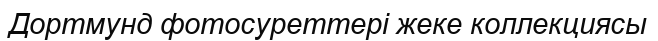
Дортмунд фотосуреттері жеке коллекциясы